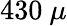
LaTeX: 430~\mu